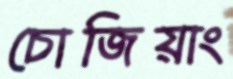
চোজিয়াং